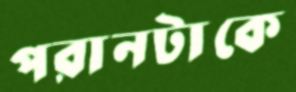
পরানটাকে